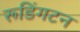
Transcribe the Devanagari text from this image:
रूडिंगटन